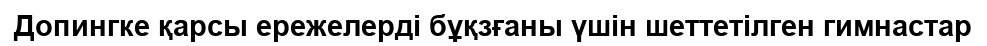
Допингке қарсы ережелерді бұқзғаны үшін шеттетілген гимнастар